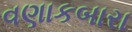
વણાકબારા